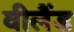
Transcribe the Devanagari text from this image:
वीलैंड